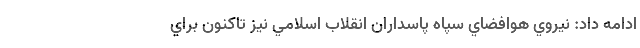
ادامه داد: نيروي هوافضاي سپاه پاسداران انقلاب اسلامي نيز تاكنون براي